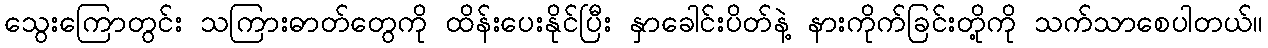
သွေးကြောတွင်း သကြားဓာတ်တွေကို ထိန်းပေးနိုင်ပြီး နှာခေါင်းပိတ်နဲ့ နားကိုက်ခြင်းတို့ကို သက်သာစေပါတယ်။